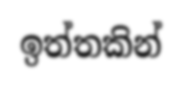
ඉත්තකින්